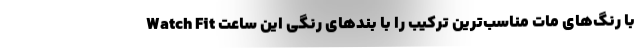
Watch Fit با رنگ‌های مات مناسب‌ترین ترکیب را با بندهای رنگی این ساعت